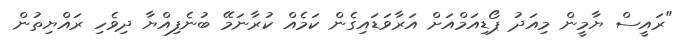
"ރައީސް ޔާމީން މިއަދު ޕޯޑިއަމްއަށް އަރާވަޑައިގެން ކަމެއް ކުރާނަމޭ ބުނެފިއްޔާ ދިވެހި ރައްޔިތުން